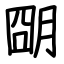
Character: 朙